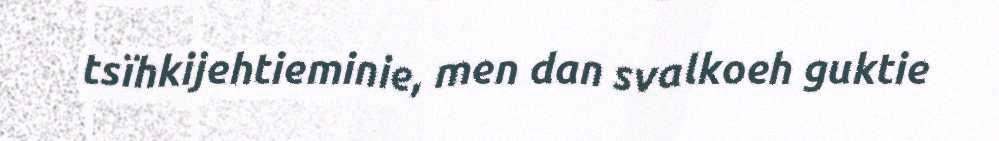
tsïhkijehtieminie, men dan svalkoeh guktie